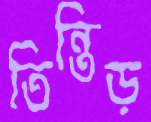
তিন্তিড়